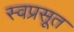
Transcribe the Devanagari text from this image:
स्वप्रसूत